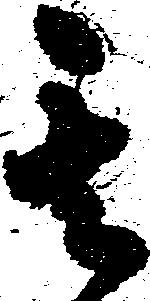
其